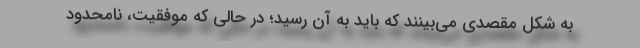
به شکل مقصدی می‌بینند که باید به آن رسید؛ در حالی که موفقیت، نامحدود